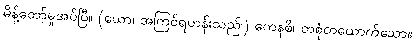
မိန့်တော်မူအပ်ပြီ။ (ယော၊ အကြင်ရဟန်းသည်၊) ကေနစိ၊ တစုံတယောက်သော။